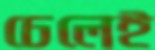
ঢেলেই